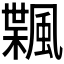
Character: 𱃇